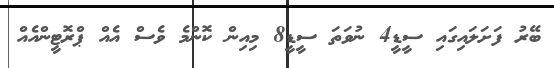
ބޭރު ފަށަލައިގައި ސީޑީ4 ނުވަތަ ސީޑީ8 މިއިން ކޮންމެ ވެސް އެއް ޕްރޮޓީންއެއް